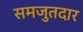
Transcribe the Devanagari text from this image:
समजुतदार